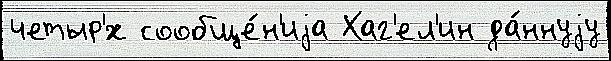
четыр'́х сообще́н'иjа Хаг'ел'ин да́ннуjу